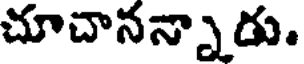
చూచానన్నాడు.